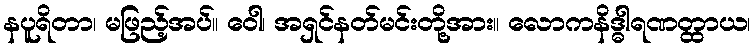
နပူရိတာ၊ မဖြည့်အပ်။ ဝေါ၊ အရှင်နတ်မင်းတို့အား။ လောကနိဒ္ဓါရဏတ္ထာယ၊